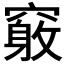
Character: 𥨂